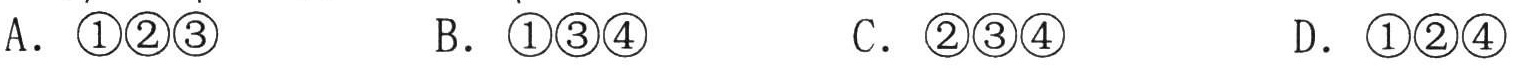
A.  \(\textcircled{1}\textcircled{2}\textcircled{3}\)  \(\qquad\) B.  \(\textcircled{1}\textcircled{3}\textcircled{4}\)  \(\qquad\) C.  \(\textcircled{2}\textcircled{3}\textcircled{4}\)  \(\qquad\) D.  \(\textcircled{1}\textcircled{2}\textcircled{4}\)